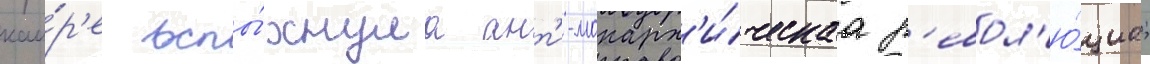
каи́р'е вспы́хнула ант'и-монарх'и́ческаа р'евол'ю́циа;